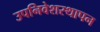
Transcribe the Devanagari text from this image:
उपनिवेशस्थापन